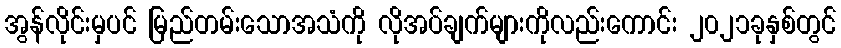
အွန်လိုင်းမှပင် မြည်တမ်းသောအသံကို လိုအပ်ချက်များကိုလည်းကောင်း ၂၀၂၁ခုနှစ်တွင်